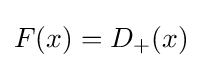
F(x)=D_{+}(x)